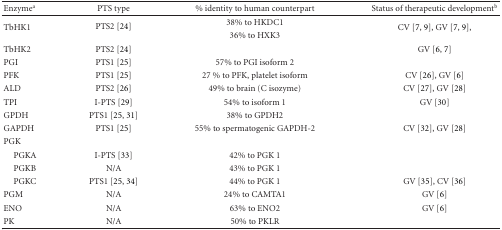
<table><thead><tr><td><b>Enzyme<sup>a</sup></b></td><td><b>PTS type</b></td><td><b>% identity to human counterpart</b></td><td><b>Status of therapeutic development<sup>b</sup></b></td></tr></thead><tbody><tr><td rowspan="2">TbHK1</td><td rowspan="2">PTS2 [24]</td><td>38% to HKDC1</td><td rowspan="2">CV [7, 9], GV [7, 9],</td></tr><tr><td>36% to HXK3</td></tr><tr><td>TbHK2</td><td>PTS2 [24]</td><td></td><td>GV [6, 7]</td></tr><tr><td>PGI</td><td>PTS1 [25]</td><td>57% to PGI isoform 2</td><td></td></tr><tr><td>PFK</td><td>PTS1 [25]</td><td>27 % to PFK, platelet isoform</td><td>CV [26], GV [6]</td></tr><tr><td>ALD</td><td>PTS2 [26]</td><td>49% to brain (C isozyme)</td><td>CV [27], GV [28]</td></tr><tr><td>TPI</td><td>I-PTS [29]</td><td>54% to isoform 1</td><td>GV [30]</td></tr><tr><td>GPDH</td><td>PTS1 [25, 31]</td><td>38% to GPDH2</td><td></td></tr><tr><td>GAPDH</td><td>PTS1 [25]</td><td>55% to spermatogenic GAPDH-2</td><td>CV [32], GV [28]</td></tr><tr><td>PGK</td><td></td><td></td><td></td></tr><tr><td> PGKA</td><td>I-PTS [33]</td><td>42% to PGK 1</td><td></td></tr><tr><td> PGKB</td><td>N/A</td><td>43% to PGK 1</td><td></td></tr><tr><td> PGKC</td><td>PTS1 [25, 34]</td><td>44% to PGK 1</td><td>GV [35], CV [36]</td></tr><tr><td>PGM</td><td>N/A</td><td>24% to CAMTA1</td><td>GV [6]</td></tr><tr><td>ENO</td><td>N/A</td><td>63% to ENO2</td><td>GV [6]</td></tr><tr><td>PK</td><td>N/A</td><td>50% to PKLR</td><td></td></tr></tbody></table>